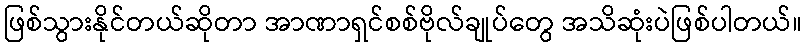
ဖြစ်သွားနိုင်တယ်ဆိုတာ အာဏာရှင်စစ်ဗိုလ်ချုပ်တွေ အသိဆုံးပဲဖြစ်ပါတယ်။